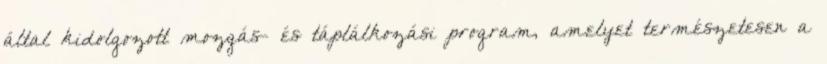
által kidolgozott mozgás- és táplálkozási program, amelyet természetesen a